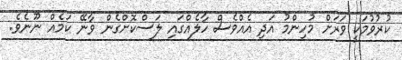
ކުރުވުމަކީ ވަރަށް މުހިންމު އަދި އެއްވެސް ހާލެއްގައި ލަސްކޮށްގެން ވާނޭ ކަމެއް ނޫނެވެ.